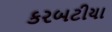
કરબટીયા